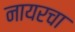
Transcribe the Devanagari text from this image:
नायरचा